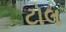
ટોલ